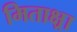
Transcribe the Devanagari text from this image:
मिताक्ष्रा